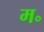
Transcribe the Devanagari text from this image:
म॰